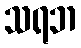
သရဘ